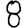
Digit: 8